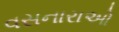
વસનારાઓ